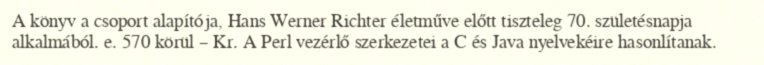
A könyv a csoport alapítója, Hans Werner Richter életműve előtt tiszteleg 70. születésnapja alkalmából. e. 570 körül – Kr. A Perl vezérlő szerkezetei a C és Java nyelvekéire hasonlítanak.